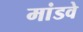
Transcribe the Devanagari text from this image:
मांडवे